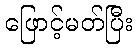
ဖြောင့်မတ်ပြီး